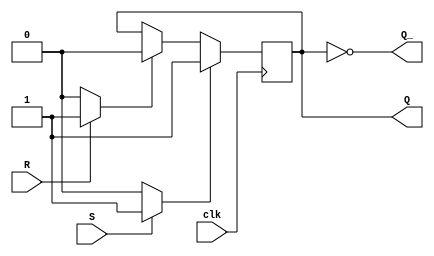
module Gated_SR_FF(
    input wire S,         // Set input
    input wire R,         // Reset input
    input wire clk,       // Clock input
    output reg Q,         // Output Q
    output reg Q_         // Output Q'
);

reg S_latch, R_latch;

// SR latches
always @(posedge clk) begin
    if (S_latch) 
        Q <= 1;
    else if (R_latch) 
        Q <= 0;
end

always @(*) begin
    if (S)
        S_latch <= 1;
    else 
        S_latch <= 0;
    
    if (R)
        R_latch <= 1;
    else 
        R_latch <= 0;
end

assign Q_ = ~Q;

endmodule